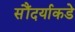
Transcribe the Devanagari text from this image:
सौंदर्याकडे